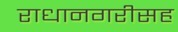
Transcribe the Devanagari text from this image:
राधानगरीसह